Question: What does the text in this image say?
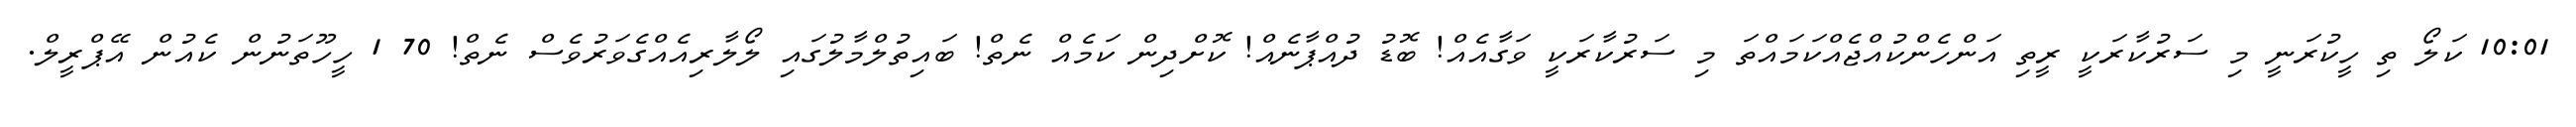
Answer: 10:01 ކަލޯ ތި ހީކުރަނީ މި ސަރުކާރަކީ ރީތި އަންހެންކުއްޖެއްކަމައްތަ މި ސަރުކާރަކީ ވަގާއެއް! ބޮޑު ދުއްޕާނެއް! ކޮށްދިން ކަމެއް ނެތް! ބައިތުލްމާލުގައި ލޯލާރިއެއްގެވަރުވެސް ނެތް! 70 1 ހީހޫތަނުން ކެއުން އޭޕްރީލް.